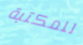
للمكتبة